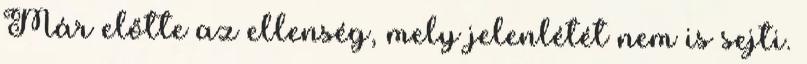
Már előtte az ellenség, mely jelenlétét nem is sejti.